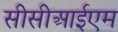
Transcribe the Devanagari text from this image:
सीसीआईएम